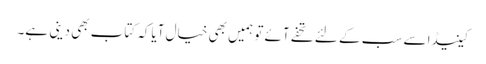
کینیڈا سے سب کے لئے تحفے آئے تو ہمیں بھی خیال آیاکہ کتاب بھی دینی ہے۔